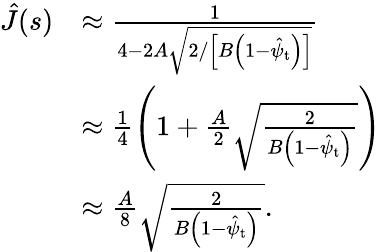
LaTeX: \begin{array}{rl}{\hat{J}(s)}&{\approx\frac{1}{4-2A\sqrt{2/\left[B\left(1-\hat{\psi}_{\mathrm{t}}\right)\right]}}}\\ &{\approx\frac{1}{4}\left(1+\frac{A}{2}\sqrt{\frac{2}{B\left(1-\hat{\psi}_{\mathrm{t}}\right)}}\right)}\\ &{\approx\frac{A}{8}\sqrt{\frac{2}{B\left(1-\hat{\psi}_{\mathrm{t}}\right)}}.}\end{array}